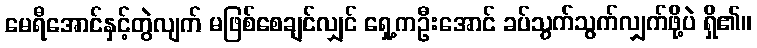
မေရီအောင်နှင့်တွဲလျက် မဖြစ်စေချင်လျှင် ရှေ့ကဦးအောင် ခပ်သွက်သွက်လျှက်ဖို့ပဲ ရှိ၏။